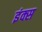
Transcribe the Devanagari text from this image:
इंक्स